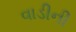
વાડીની